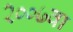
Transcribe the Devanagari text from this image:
२००७वा